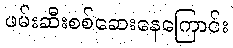
ဖမ်းဆီးစစ်ဆေးနေကြောင်း